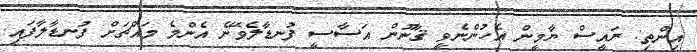
އިންތި: ރައީސް ޔާމީން އެހުންނެވީ ޤާނޫން އަސާސީ ފުނޑާލެވޭނެ އެންމެ މައްޗަށް ފުނޑާލާފައި.